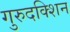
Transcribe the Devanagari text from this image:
गुरुदक्शिन